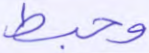
وحبط